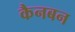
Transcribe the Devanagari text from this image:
कैनबन